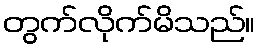
တွက်လိုက်မိသည်။